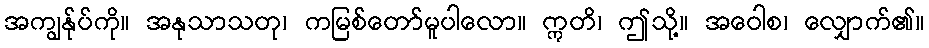
အကျွန်ုပ်ကို။ အနုသာသတု၊ ကမြစ်တော်မူပါလော။ ဣတိ၊ ဤသို့။ အဝေါစ၊ လျှောက်၏။